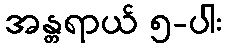
အန္တရာယ် ၅-ပါး